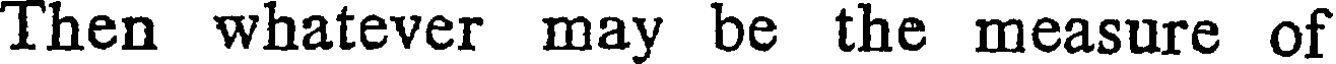
Then whatever may be the measure of